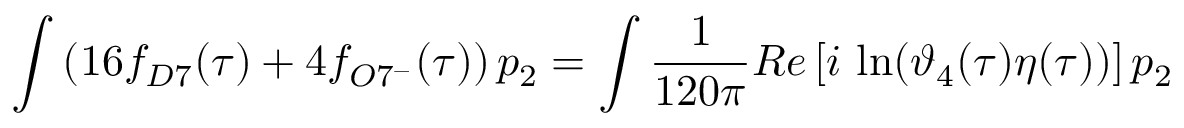
\int \left( 1 6 f _ { D 7 } ( \tau ) + 4 f _ { O 7 ^ { - } } ( \tau ) \right) p _ { 2 } = \int \frac { 1 } { 1 2 0 \pi } R e \left[ i \, \ln ( \vartheta _ { 4 } ( \tau ) \eta ( \tau ) ) \right] p _ { 2 }